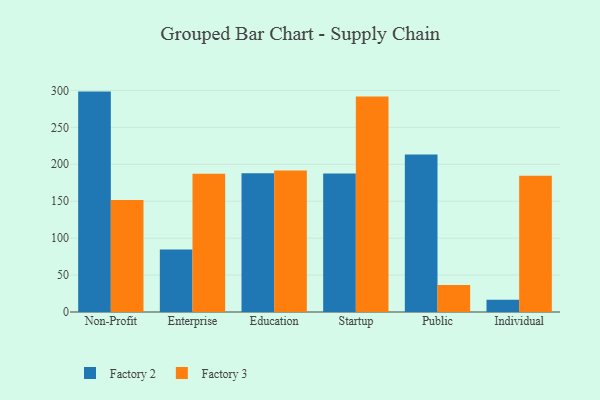
{"axis": {"x": "Segment", "y": "Conversion Rate (%)"}, "legend": ["Factory 2", "Factory 3"], "data": [{"x": "Non-Profit", "y": 298.4, "type": "Factory 2"}, {"x": "Non-Profit", "y": 151.5, "type": "Factory 3"}, {"x": "Enterprise", "y": 84.6, "type": "Factory 2"}, {"x": "Enterprise", "y": 187.1, "type": "Factory 3"}, {"x": "Education", "y": 187.7, "type": "Factory 2"}, {"x": "Education", "y": 191.7, "type": "Factory 3"}, {"x": "Startup", "y": 187.5, "type": "Factory 2"}, {"x": "Startup", "y": 291.6, "type": "Factory 3"}, {"x": "Public", "y": 213.1, "type": "Factory 2"}, {"x": "Public", "y": 36.5, "type": "Factory 3"}, {"x": "Individual", "y": 16.7, "type": "Factory 2"}, {"x": "Individual", "y": 184.3, "type": "Factory 3"}]}